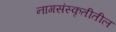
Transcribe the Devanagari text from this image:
नागसंस्कृतीतील